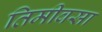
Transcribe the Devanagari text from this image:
तिमीवसा